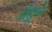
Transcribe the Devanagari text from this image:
अँड्रूचे